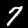
Label: 7